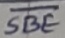
Text: SBE